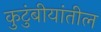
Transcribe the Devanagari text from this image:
कुटुंबीयांतील